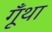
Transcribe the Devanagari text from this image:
गूँथा